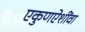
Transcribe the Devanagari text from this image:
एकुणऐशींवा